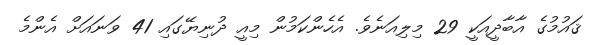
ޤައުމުގެ އާބާދީއަކީ 29 މިލިއަނެވެ. އެހެންކަމުން މިއީ ދުނިޔޭގައި 41 ވަނައަށް އެންމެ